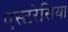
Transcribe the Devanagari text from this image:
एस्टरेसिया